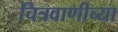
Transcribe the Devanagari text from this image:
चित्रवाणीच्या